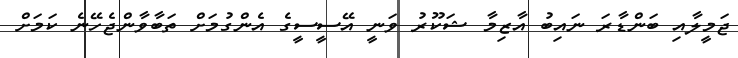
ޖަމީލާއި ބަންޑާރަ ނައިބު އާޒިމާ ޝަކޫރު ވަނީ އޭސީސީގެ އެންގުމަށް ތަބާވާންޖެހޭނެ ކަމަށް